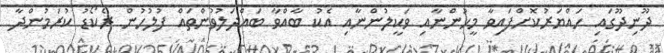
ދޫނިދޫގައި ހައްޔަރުކޮށްފައިވާ މީހުންނާއި ވަކީލުންނާއި އެކު ބާއްވާ ބައްދަލުވުންތައް ފުލުހުން ރެކޯޑު ކުރަމުންދާ